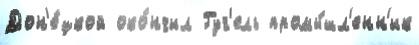
Дон'е́цкой око́нчил Гуг'ель промы́шл'енн'ик